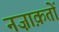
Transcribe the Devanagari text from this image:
नज़ाक़तों